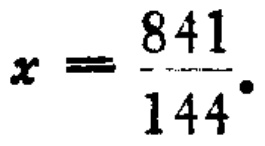
$x = \frac{841}{144}.$